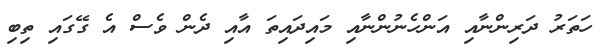
ހަތަރު ދަރިންނާއި އަންހެނުންނާއި މައިދައިތަ އާއި ދެން ވެސް އެ ގޭގައި ތިބި